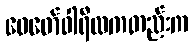
ဖေဖော်ဝါရီလကတည်းက